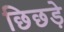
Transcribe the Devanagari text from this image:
छिछड़े